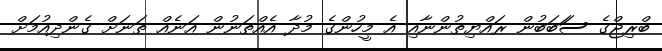
ބްރިޖްގެ ސަަބަބުން ރައްޔިތުންނާއި އެ މީހުންގެ މުދާ އެއްތަނުން އަނެއް ތަަނަށް ގެންދިއުމަށް